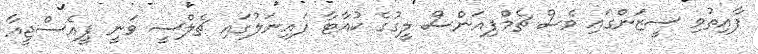
ފާއިތުވި ސީޒަންގައި ވެސް ޗެމްޕިއަންސް ލީގުގެ ކުއާޓާ ފައިނަލުގައި ޗެލްސީ ވަނީ ޕީއެސްޖީއާ